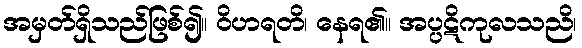
အမှတ်ရှိသည်ဖြစ်၍။ ဝိဟရတိ၊ နေရ၏။ အပ္ပဋိကုလသညိ၊